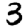
Digit: 3